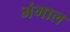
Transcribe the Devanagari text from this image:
भंगाल